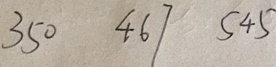
3 5 0 4 6 7 5 4 5